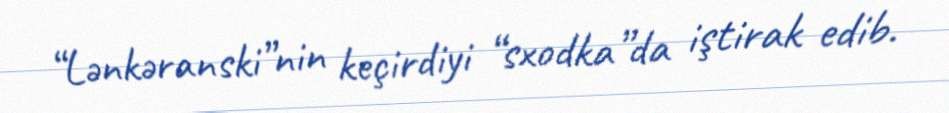
“Lənkəranski”nin keçirdiyi “sxodka”da iştirak edib.